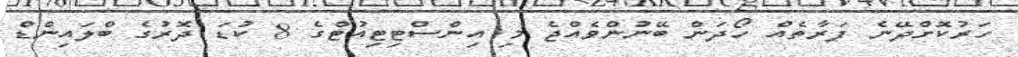
ހަރުކޮށްދޭނެ ފަރާތެއް ހޯދަން ބޭނުންވެއްޖެ މި އިންސްޓިޓިއުޓްގެ 8 ކުޑަ ދޮރުގެ ބްލައިންޑް